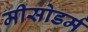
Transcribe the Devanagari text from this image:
मीसोडर्म